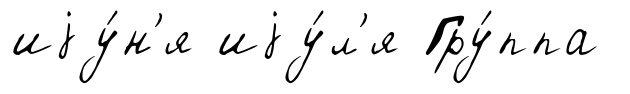
иjу́н'я иjу́л'я Гру́ппа